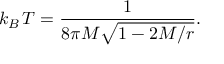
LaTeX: k _ { B } \, T = { \frac { 1 } { 8 \pi M \sqrt { 1 - 2 M / r } } } .